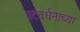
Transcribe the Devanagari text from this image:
पटवर्धनाच्या